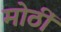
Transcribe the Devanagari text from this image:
मोठीं